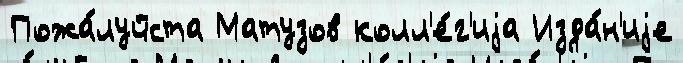
Пожа́луйста Матузов колл'е́г'иjа Изда́н'иjе